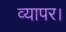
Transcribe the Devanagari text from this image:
व्यापर।